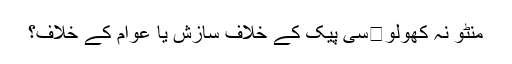
منٹو نہ کھولو	سی پیک کے خلاف سازش یا عوام کے خلاف؟